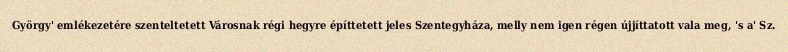
György' emlékezetére szenteltetett Városnak régi hegyre építtetett jeles Szentegyháza, melly nem igen régen újjíttatott vala meg, 's a' Sz.